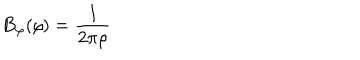
LaTeX: B _ { \varphi } ( \rho ) = \frac { I } { 2 \pi \rho }